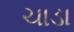
ચાડા